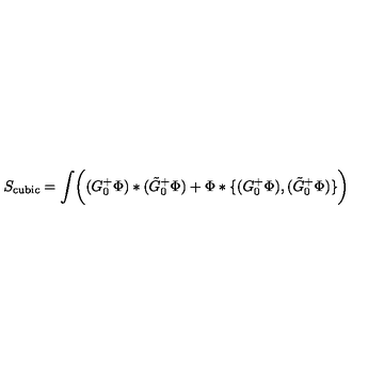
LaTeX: S _ { \mathrm { c u b i c } } = \int \biggl ( ( G _ { 0 } ^ { + } \Phi ) * ( \tilde { G } _ { 0 } ^ { + } \Phi ) + \Phi * \{ ( G _ { 0 } ^ { + } \Phi ) , ( \tilde { G } _ { 0 } ^ { + } \Phi ) \} \biggr )